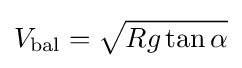
V_{\text{bal}}={\sqrt {Rg\tan \alpha }}